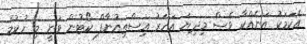
އެކަމަކު އަނެއްކާ ވެސް މިދިޔަ އަހަރު އިސްތިއުނާފް ކޯޓުން ވަނީ މި ހުކުމް